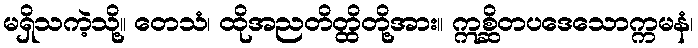
မရှိသကဲ့သို့။ တေသံ၊ ထိုအညတိတ္ထိတို့အား။ ဣစ္ဆိတပဒေသောက္ကမနံ၊